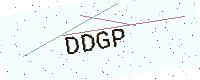
Text: DDGP